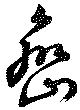
巒